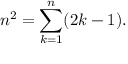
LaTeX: n ^ { 2 } = \sum _ { k = 1 } ^ { n } ( 2 k - 1 ) .